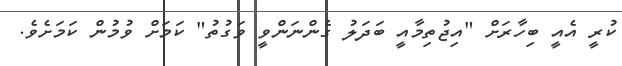
ކުރީ އެއީ ބިހާރަށް "އިޖުތިމާއީ ބަދަލު ގެންނަންވީ ވަގުތު" ކަމަށް ވުމުން ކަމަށެވެ.